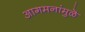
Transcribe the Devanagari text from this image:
आगमनांमुळॆ